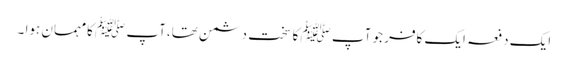
ایک دفعہ ایک کافر جو آپ ﷺ کا سخت دشمن تھا،آپ ﷺ کامہمان ہوا ۔